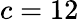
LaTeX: c=12